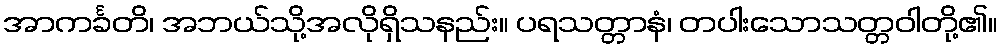
အာကင်္ခတိ၊ အဘယ်သို့အလိုရှိသနည်း။ ပရသတ္တာနံ၊ တပါးသောသတ္တဝါတို့၏။